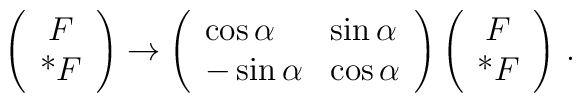
\left( \begin{array}{c} F\\ $*$F\end{array}\right) \rightarrow \left( \begin{array}{ll} \cos\alpha &\sin\alpha\\ -\sin\alpha & \cos\alpha\end{array}\right)\left( \begin{array}{c} F\\ $*$F\end{array}\right) \,.